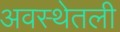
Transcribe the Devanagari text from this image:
अवस्थेतली